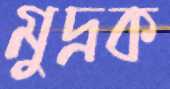
মুদ্রক